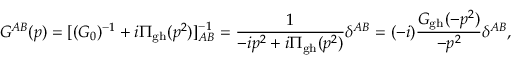
G ^ { A B } ( p ) = [ ( G _ { 0 } ) ^ { - 1 } + i \Pi _ { \mathrm { g h } } ( p ^ { 2 } ) ] _ { A B } ^ { - 1 } = { \frac { 1 } { - i p ^ { 2 } + i \Pi _ { \mathrm { g h } } ( p ^ { 2 } ) } } \delta ^ { A B } = ( - i ) { \frac { G _ { \mathrm { g h } } ( - p ^ { 2 } ) } { - p ^ { 2 } } } \delta ^ { A B } ,